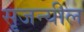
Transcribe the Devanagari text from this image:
सृजन्यील